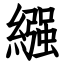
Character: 繦